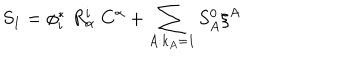
S _ { 1 } = \phi _ { i } ^ { * } \; R _ { \alpha } ^ { i } \; C ^ { \alpha } + \sum _ { A : k _ { A } = 1 } S _ { A } ^ { 0 } \xi ^ { A }